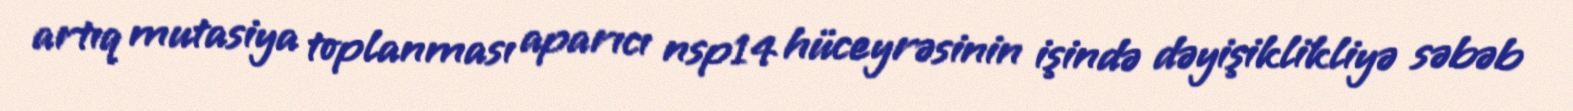
artıq mutasiya toplanması aparıcı nsp14 hüceyrəsinin işində dəyişiklikliyə səbəb